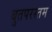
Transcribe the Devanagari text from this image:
बुतपरस्तम